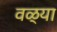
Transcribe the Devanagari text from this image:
वळ्या